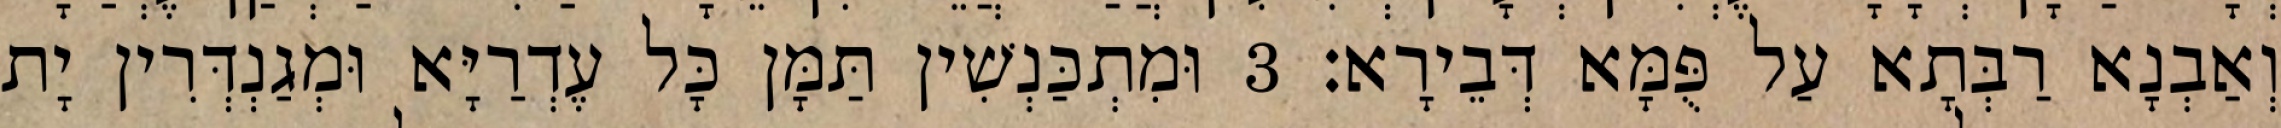
וְאַבְנָא רַבְּתָא עַל פֻּמָּא דְּבֵירָא׃ 3 וּמִתְכַּנְשִׁין תַּמָּן כָּל עֶדְרַיָּא וּמְגַנְדְּרִין יָת